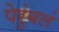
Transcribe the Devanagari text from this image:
पेरुंबलं